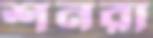
শনরা